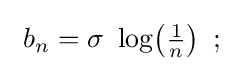
\ b_{n}=\sigma \ \log \!\left({\tfrac {1}{n}}\right)\ ;